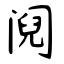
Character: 阋